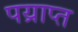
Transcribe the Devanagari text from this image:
पय्राप्त